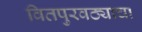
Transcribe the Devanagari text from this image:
वितपुरवठ्याचा